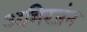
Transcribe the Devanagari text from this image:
अभिरजंन